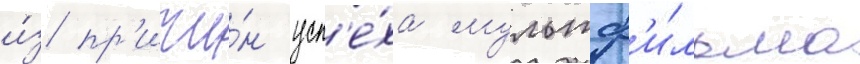
и́з пр'ичи́н усп'е́ха мультф'и́льма